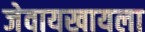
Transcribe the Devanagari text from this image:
जेवायखायला